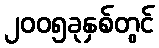
၂၀၀၅ခုနှစ်တွင်